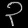
Digit: ၃